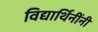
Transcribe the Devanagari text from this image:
विद्यार्थिनींनी